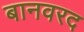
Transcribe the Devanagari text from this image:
बानवरद